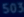
"503